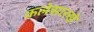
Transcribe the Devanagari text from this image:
कलेसारखे